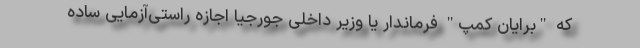
که "برایان کمپ" فرماندار یا وزیر داخلی جورجیا اجازه راستی‌آزمایی ساده